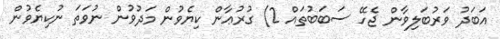
އަބަދު ވަރުބަލިވާން ޖެހޭ ސަބަބުތައް 2) ގުރުޢާން ކިޔެވުން މަދުވުން ނުވަތަ ނުކިޔެވުން